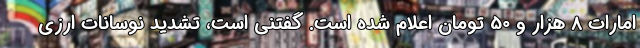
امارات 8 هزار و 50 تومان اعلام شده است. گفتنی است، تشدید نوسانات ارزی